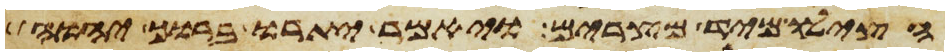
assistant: הצילו מיד מצרים ויאמר יתרו ברוך יהוה